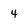
Character: 4